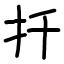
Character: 扦